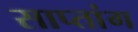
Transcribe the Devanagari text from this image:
साप्तांग